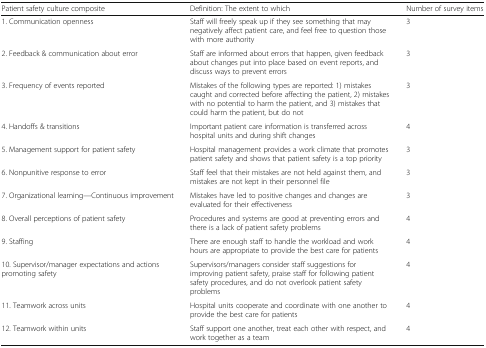
| Patient safety culture composite | Definition: The extent to which | Number of survey items |
 | --- | --- | --- |
 | 1. Communication openness | Staff will freely speak up if they see something that may negatively affect patient care, and feel free to question those with more authority | 3 |
 | 2. Feedback & communication about error | Staff are informed about errors that happen, given feedback about changes put into place based on event reports, and discuss ways to prevent errors | 3 |
 | 3. Frequency of events reported | Mistakes of the following types are reported: 1) mistakes caught and corrected before affecting the patient, 2) mistakes with no potential to harm the patient, and 3) mistakes that could harm the patient, but do not | 3 |
 | 4. Handoffs & transitions | Important patient care information is transferred across hospital units and during shift changes | 4 |
 | 5. Management support for patient safety | Hospital management provides a work climate that promotes patient safety and shows that patient safety is a top priority | 3 |
 | 6. Nonpunitive response to error | Staff feel that their mistakes are not held against them, and mistakes are not kept in their personnel file | 3 |
 | 7. Organizational learning—Continuous improvement | Mistakes have led to positive changes and changes are evaluated for their effectiveness | 3 |
 | 8. Overall perceptions of patient safety | Procedures and systems are good at preventing errors and there is a lack of patient safety problems | 4 |
 | 9. Staffing | There are enough staff to handle the workload and work hours are appropriate to provide the best care for patients | 4 |
 | 10. Supervisor/manager expectations and actions promoting safety | Supervisors/managers consider staff suggestions for improving patient safety, praise staff for following patient safety procedures, and do not overlook patient safety problems | 4 |
 | 11. Teamwork across units | Hospital units cooperate and coordinate with one another to provide the best care for patients | 4 |
 | 12. Teamwork within units | Staff support one another, treat each other with respect, and work together as a team | 4 |